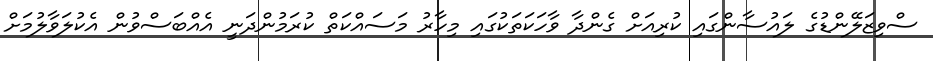
ސްވިޒަލޭންޑުގެ ލައުސާންގައި ކުރިއަށް ގެންދާ ވާހަކަތަކުގައި މިހާރު މަސައްކަތް ކުރަމުންދަނީ އެއްބަސްވުން އެކުލަވާލުމަށް